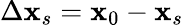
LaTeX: \Delta{\mathbf x}_{s}={\mathbf x}_{0}-{\mathbf x}_{s}